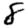
Digit: 8